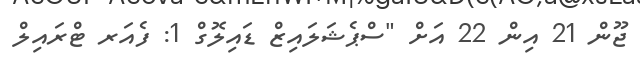
ޖޫން 21 އިން 22 އަށް "ސްޕެޝަލައިޒް ޑައިލޮގް 1: ފެއަރ ޓްރައިލް